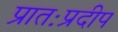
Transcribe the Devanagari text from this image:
प्रातःप्रदीप